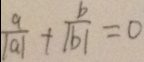
\frac { a } { \vert a \vert } + \frac { b } { \vert b \vert } = 0